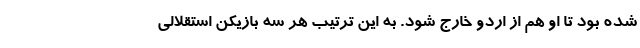
شده بود تا او هم از اردو خارج شود. به این ترتیب هر سه بازیکن استقلالی